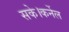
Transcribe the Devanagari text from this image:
सके।कर्नेल